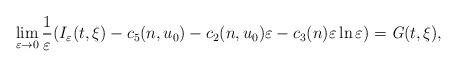
LaTeX: \begin{align*}\lim_{\varepsilon \rightarrow 0}\dfrac{1}{\varepsilon}(I_\varepsilon (t,\xi)-c_5(n,u_0)-c_2(n,u_0)\varepsilon-c_3(n) \varepsilon \ln \varepsilon)=\textit{G}(t,\xi),\end{align*}